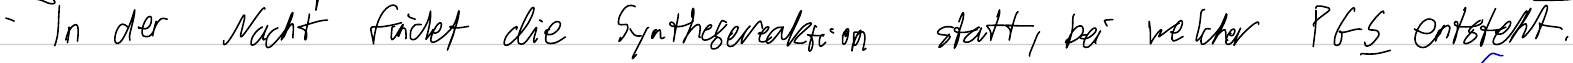
- In der Nacht findet die Synthesereaktion statt, bei welcher PGS entsteht.